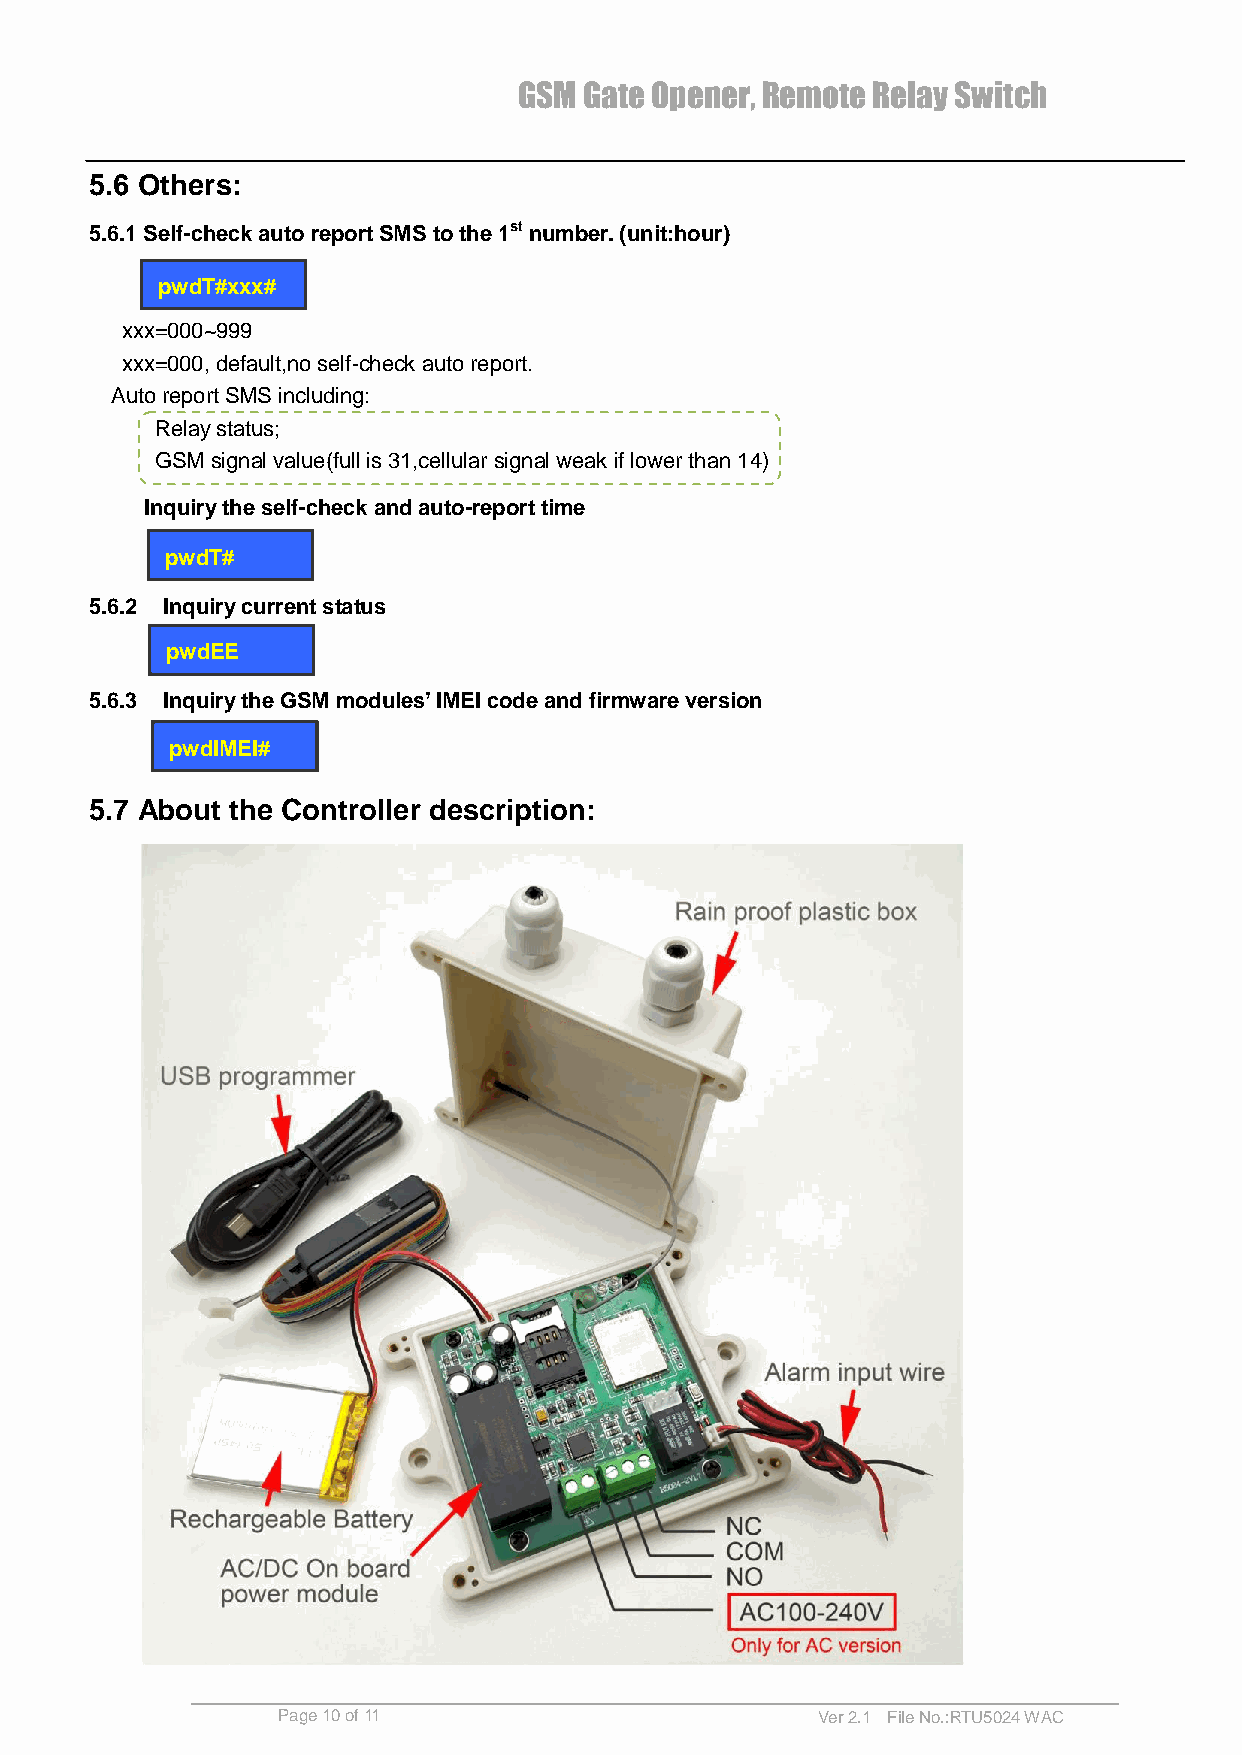
GSM  Gate Opener, Remote Relay Switch
 5.6 Others:
 5.6.1 Self-check auto report SMS to the 1st number. (unit:hour)
 pwdT#xxx#
 xxx=000~999
 xxx=000, default,no self-check auto report.
 Auto report SMS including:
 Relay status;
 GSM signal value(full is 31,cellular signal weak if lower than 14)
 Inquiry the self-check and auto-report time
 pwdT#
 5.6.2 Inquiry current status
 pwdEE
 5.6.3 Inquiry the GSM modules’ IMEI code and firmware version
 pwdIMEI#
 5.7 About the Controller description:
 Page 10 of 11                       Ver 2.1 File No.:RTU5024 WAC